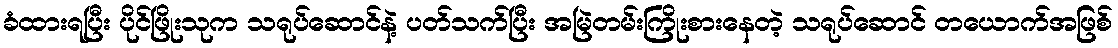
ခံထားရပြီး ပိုင်ဖြိုးသုက သရုပ်ဆောင်နဲ့ ပတ်သက်ပြီး အမြဲတမ်းကြိုးစားနေတဲ့ သရုပ်ဆောင် တယောက်အဖြစ်